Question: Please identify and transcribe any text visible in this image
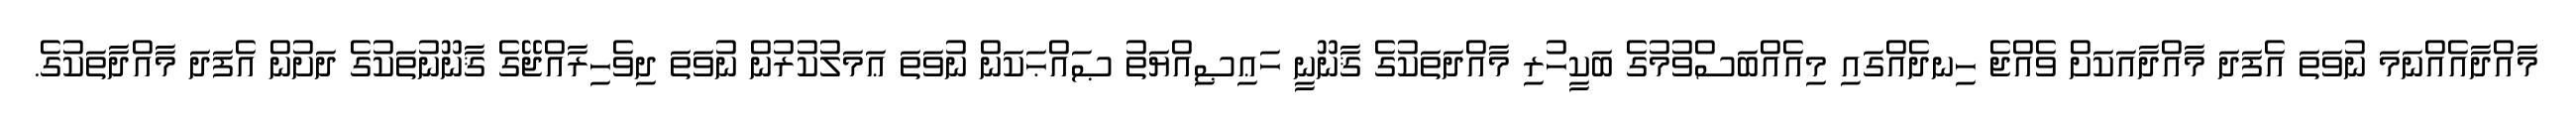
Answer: މާއްދާއެއްނަމަ ނުވަތަ އެފަދަ މާއްދާއަކަށް ވެއްޖެ ހިނދެއްގައި މިއެއްބަސްވުމުގެ ބަކީހުރި މާއްދަތަކުގެ ޤާނޫނީ ހަޢިޞިއްޔަތު ޞައްޙަކަން ނުވަތަ ޢަމަލުކުރުން ނުވަތަ ދިވެހިރާއްޖޭގެ ޤާނޫނުތަކުގެ ދަށުން އެފަދަ މާއްދާތަކުގެ.